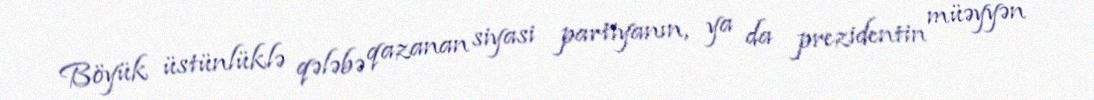
Böyük üstünlüklə qələbə qazanan siyasi partiyanın, ya da prezidentin müəyyən